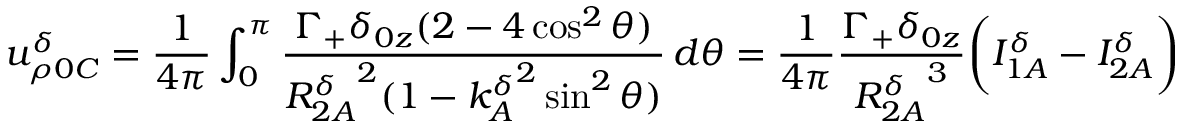
u _ { \rho 0 C } ^ { \delta } = \frac { 1 } { 4 \pi } \int _ { 0 } ^ { \pi } \frac { \Gamma _ { + } \delta _ { 0 z } ( 2 - 4 \cos ^ { 2 } \theta ) } { { R _ { 2 A } ^ { \delta } } ^ { 2 } ( 1 - { k _ { A } ^ { \delta } } ^ { 2 } \sin ^ { 2 } \theta ) } \, d \theta = \frac { 1 } { 4 \pi } \frac { \Gamma _ { + } \delta _ { 0 z } } { { R _ { 2 A } ^ { \delta } } ^ { 3 } } \bigg ( I _ { 1 A } ^ { \delta } - I _ { 2 A } ^ { \delta } \bigg )